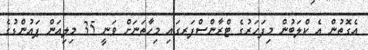
އެގޮތުން އެ ކްލަބުން މިފަހަރުގެ ޓްރާންސްފަރގައި މިހާތަނަށް ވަނީ 35 މިލިއަން ޕައުންޑުގެ